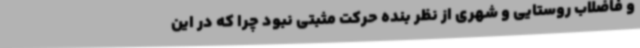
و فاضلاب روستایی و شهری از نظر بنده حرکت مثبتی نبود چرا که در این